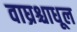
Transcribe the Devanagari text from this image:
वाघ्रश्चाधूल